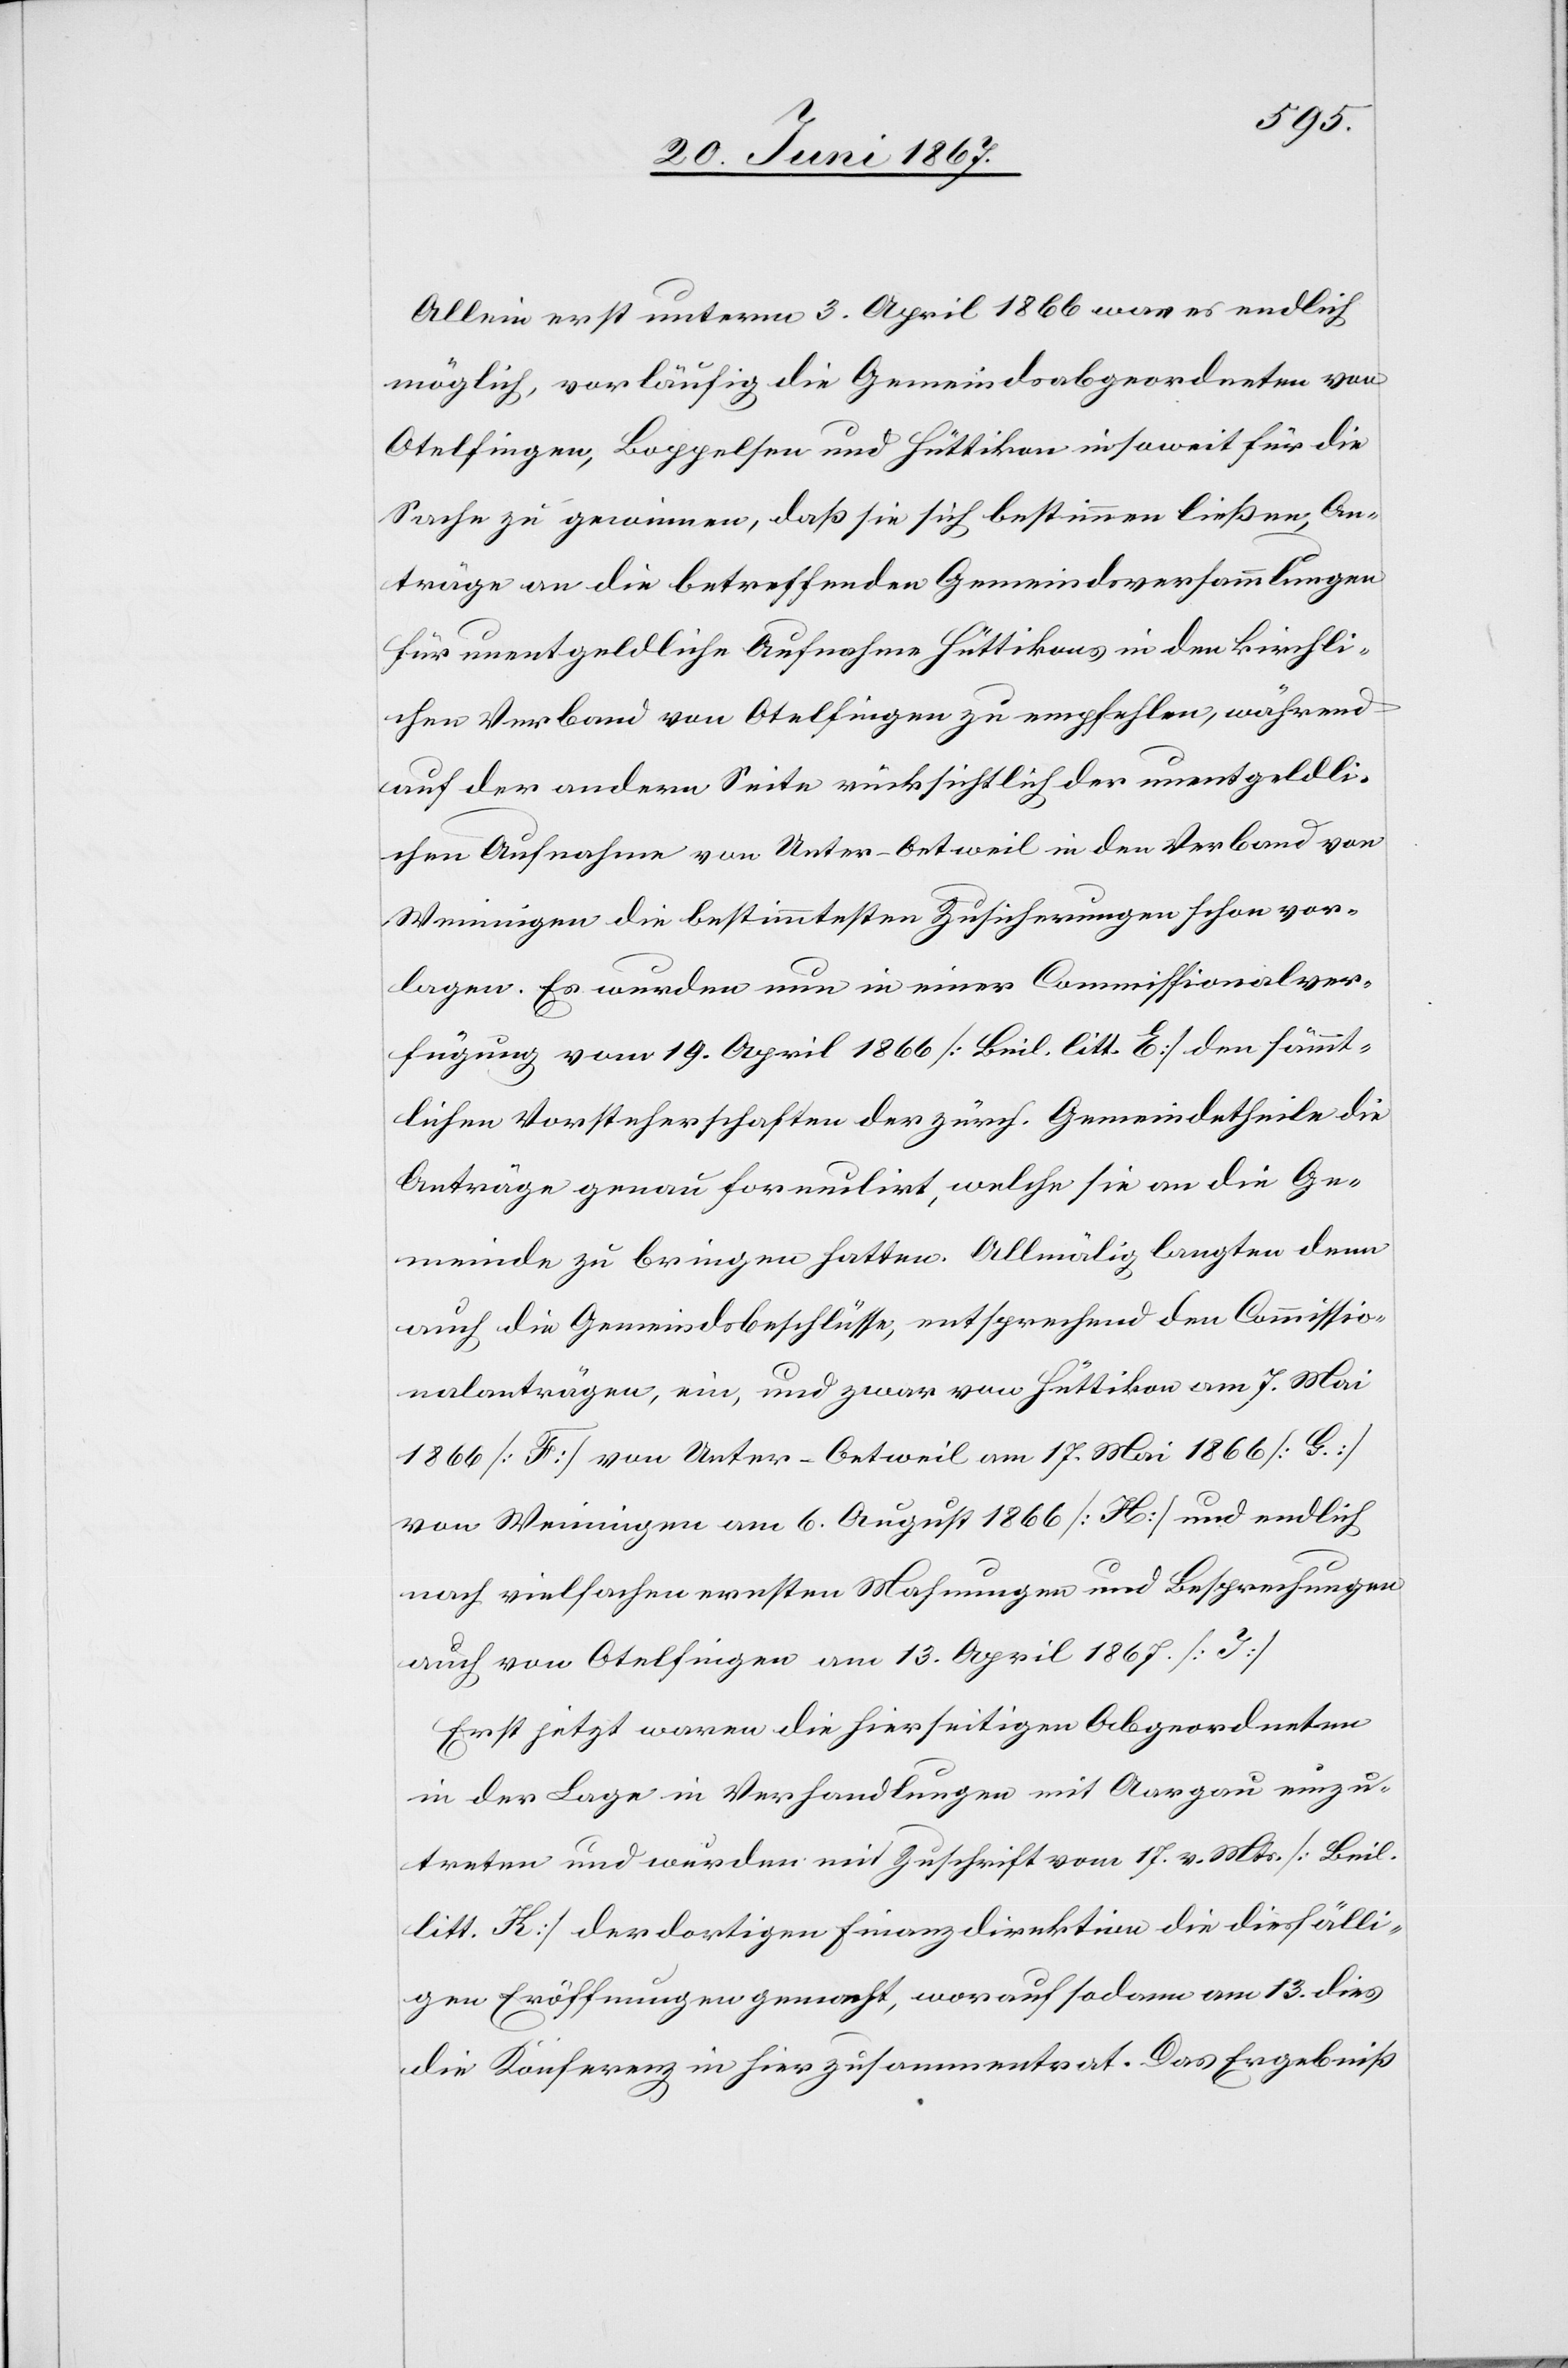
Allein erst unterm 3. April 1866 war es endlich
möglich, vorläufig die Gemeindsabgeordneten von
Otelfingen, Boppelten und Hüttikon insoweit für die
Sache zu gewinnen, daß sie sich bestimmen ließen, An¬
träge an die betreffenden Gemeindesversammlungen
für unentgeldliche Aufnahme Hüttikons in den kirchli¬
chen Verband von Otelfingen zu empfehlen, während
auf der andern Seite rücksichtlich der unentgeldli¬
chen Aufnahme von Unter-Oetweil in den Verband von
Weiningen die bestimmtesten Zusicherungen schon vor¬
lagen. Es wurden nun in einer Commissionalver¬
fügung vom 19. Apirl 1866 [Beil. litt. E] den sämmt¬
lichen Vorsteherschaften der zürch. Gemeindetheile die
Anträge genau formulirt, welche sie an die Ge¬
meinde zu bringen hatten. Allmälig langten denn
auch die Gemeindsbeschlüsse, entsprechend den Commissio¬
nalanträgen, ein, und zwar von Hüttikon am 7. Mai
1866 [F] von Unter-Oetweil am 17. Mai 1866 [G]
von Weiningen am 6. August 1866 [H] und endlic¬
h von Otelfingen am 13. April 1867 [J].
Erst jetzt waren die hierseitigen Abgeordneten
in der Lage in Verhandlungen mit Aargau einzu¬
treten und wurden mit Zuschriften vom 17. v. Mts. [Beil.
litt. K] der dortigen Finanzdirektion die diesfälli¬
gen Eröffnungen gemacht, worauf sodann am 13. dies
die Konferenz in hier zusammentrat. Das Ergebniß